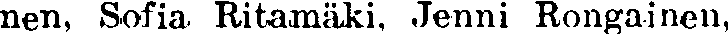
nen, Sofia. Ritamäki, Jenni Rongainen,